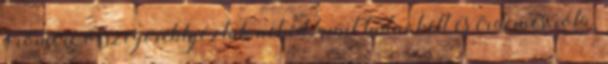
örömére összegereblyéztük neked, amit tudni kell és érdemes róla.